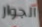
الجوار